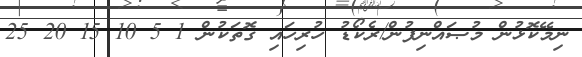
ނިމޭކޮޅުން މުޞައްނިފުން/ރެކޯޑު ހުރިހައި ގޮތަކުން 1 5 10 15 20 25